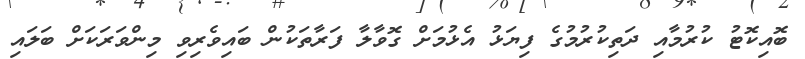
ބޮއިކޮޓު ކުރުމާއި ދަތިކުރުމުގެ ފިޔަަޅު އެޅުމަށް ގޮވާލާ ފަރާތަކުން ބައިވެރިވި މިންވަރަކަށް ބަލައި